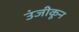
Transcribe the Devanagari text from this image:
उंजीकून